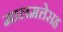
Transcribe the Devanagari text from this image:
मालमत्तेसह